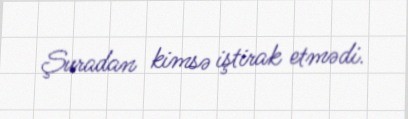
Şuradan kimsə iştirak etmədi.